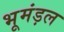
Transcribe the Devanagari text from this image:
भूमंड़ल